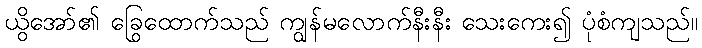
ယွိအော်၏ ခြေထောက်သည် ကျွန်မလောက်နီးနီး သေးကွေး၍ ပုံစံကျသည်။